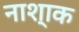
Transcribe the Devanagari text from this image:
नाश्‍ाक